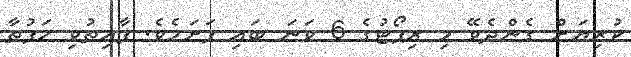
ކުރިޔަށް ގެންދެވޭ މި ރިޕޯޓުގެ 6 ވަނަ ބައި ފަށަމެވެ. ފާއިތުވި ހަފުތާ